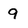
Character: 9